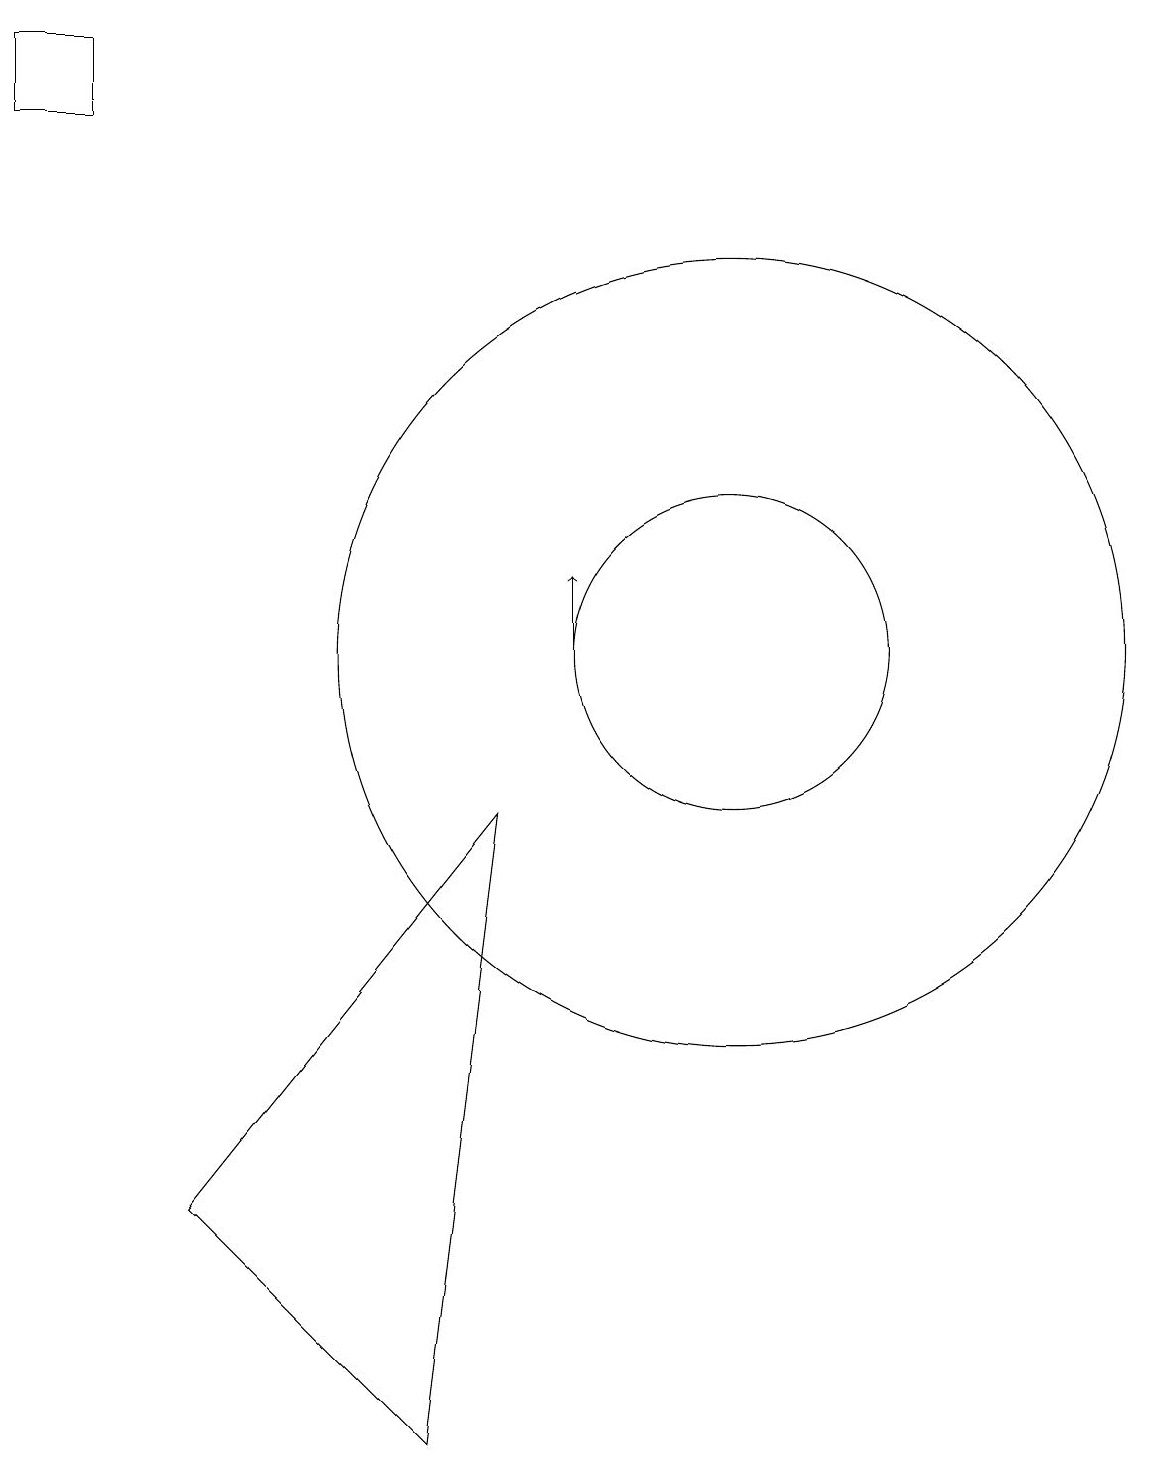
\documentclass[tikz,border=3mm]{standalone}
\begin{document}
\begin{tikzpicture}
\draw (8,9) -- (7,1) -- (4,4) -- cycle;
\draw (2,18) rectangle (3,19);
\draw (11,11) circle (5);
\draw (11,11) circle (2);
\draw[->] (9,11) -- (9,12);
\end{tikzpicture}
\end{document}